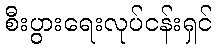
စီးပွားရေးလုပ်ငန်းရှင်